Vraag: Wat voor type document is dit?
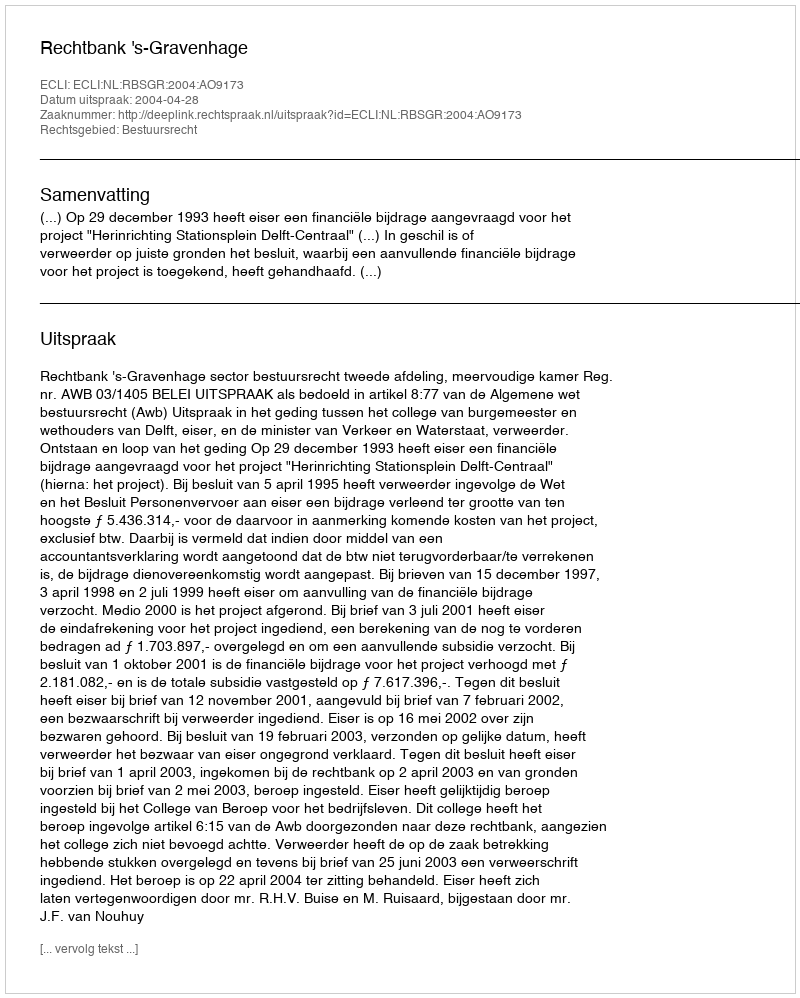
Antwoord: Uitspraak